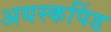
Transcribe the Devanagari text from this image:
अयस्कपिंड